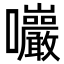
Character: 𡆑